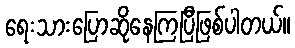
ရေးသားပြောဆိုနေကြပြီဖြစ်ပါတယ်။